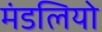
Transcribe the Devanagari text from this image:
मंडलियो